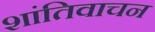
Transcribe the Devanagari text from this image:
शांतिवाचन